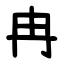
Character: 冉